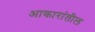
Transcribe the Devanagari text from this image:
आकारांतील